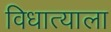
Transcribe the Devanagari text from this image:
विधात्याला